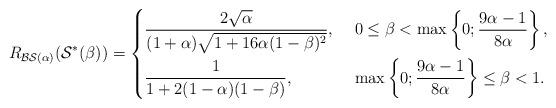
LaTeX: \begin{align*}R_{\mathcal{BS}(\alpha)}(\mathcal{S^{*}(\beta)})&=\begin{dcases}\dfrac{2\sqrt{\alpha}}{(1+\alpha)\sqrt{ 1+16\alpha (1-\beta)^2}},& \ 0\leq \beta<\max\left\{0; \dfrac{9\alpha-1}{8\alpha}\right\}, \\\dfrac{1}{1+2(1-\alpha)(1- \beta)}, & \ \max\left\{0; \dfrac{9\alpha-1}{8\alpha}\right\}\leq \beta< 1.\end{dcases}\end{align*}